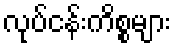
လုပ်ငန်းကိစ္စများ